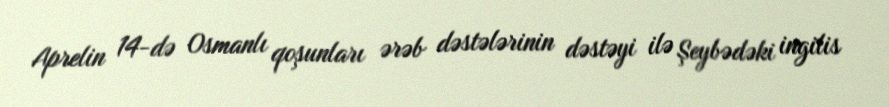
Aprelin 14-də Osmanlı qoşunları ərəb dəstələrinin dəstəyi ilə Şeybədəki ingilis